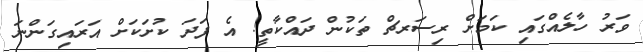
ވަރު ހާލެއްގައި ކަމަށް ރިސަރޗް ތަކުން ދައްކާތީ! އެ ފަދަ ކުށަކަށް އަރައިގަންނަ